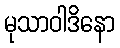
မုသာဝါဒိနော